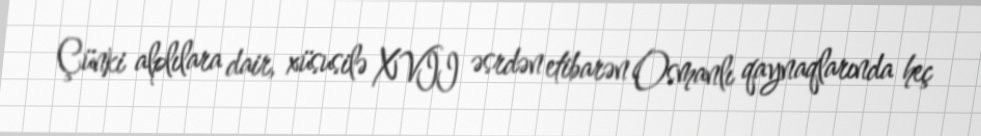
Çünki alplılara dair, xüsusilə XVII əsrdən etibarən Osmanlı qaynaqlarında heç